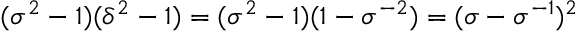
( \sigma ^ { 2 } - 1 ) ( \delta ^ { 2 } - 1 ) = ( \sigma ^ { 2 } - 1 ) ( 1 - \sigma ^ { - 2 } ) = ( \sigma - \sigma ^ { - 1 } ) ^ { 2 }